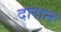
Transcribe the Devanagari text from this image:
दारान